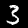
Digit: 3